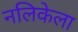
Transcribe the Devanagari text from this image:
नलिकेला